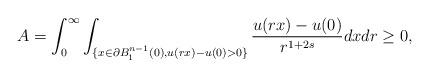
LaTeX: \begin{align*}A=\int_{0}^{\infty}{\int_{\{x\in \partial B_1^{n-1}(0),u(rx)-u(0)>0\}}{\frac{u(rx)-u(0)}{r^{1+2s}}dx} dr}\geq 0,\end{align*}